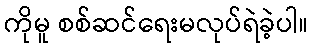
ကိုမူ စစ်ဆင်ရေးမလုပ်ရဲခဲ့ပါ။